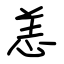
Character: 恙